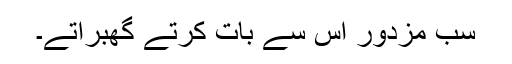
سب مزدور اس سے بات کرتے گھبراتے۔